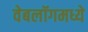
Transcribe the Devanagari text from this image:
वेबलॉगमध्ये